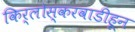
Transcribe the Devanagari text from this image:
किर्लोस्करवाडीहून